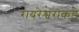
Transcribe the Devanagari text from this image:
रायरेश्वराकडे